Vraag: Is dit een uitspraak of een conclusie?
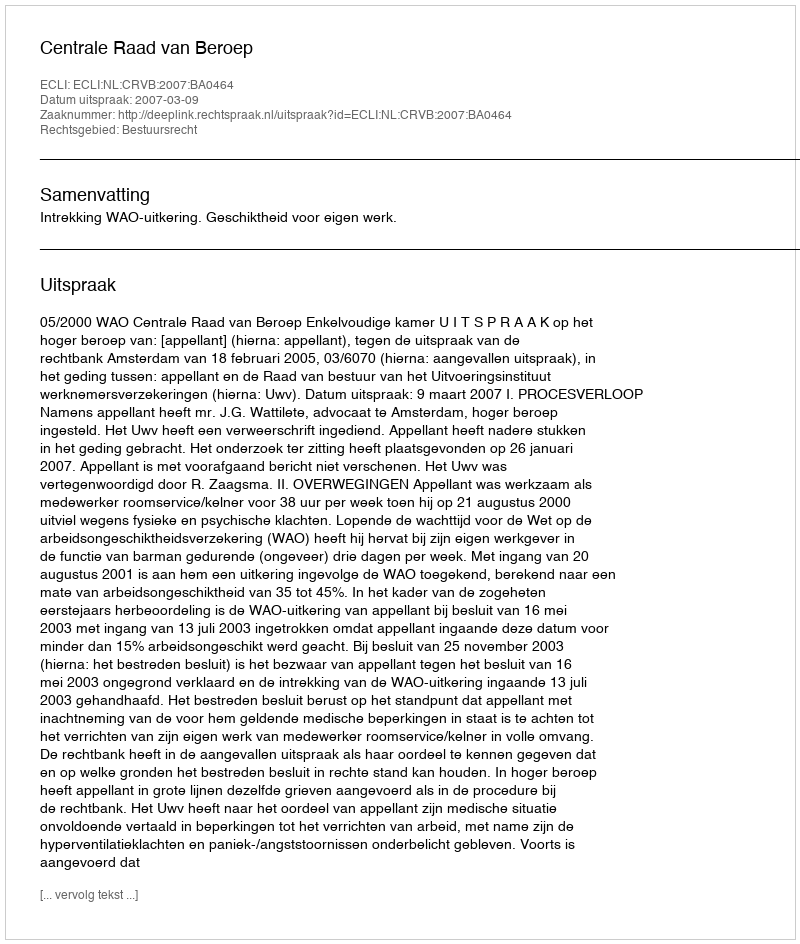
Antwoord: Uitspraak